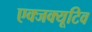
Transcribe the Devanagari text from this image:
एक्जक्यूटिव